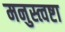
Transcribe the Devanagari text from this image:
मनुस्त्वष्टा